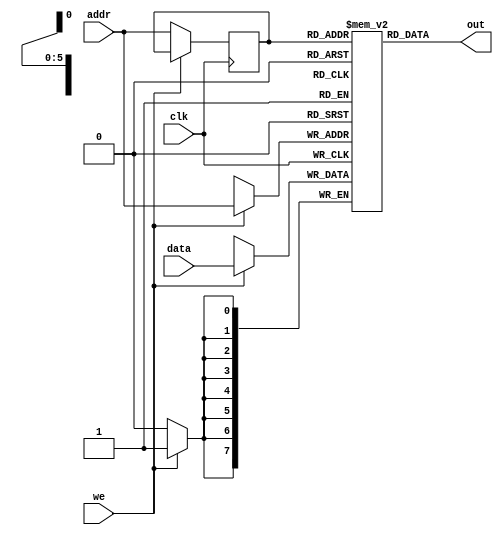
`timescale 1ns / 1ps

module SRAM
#(parameter addr_width = 6,
parameter data_width = 8,
parameter depth = 64)
    (
        input we,clk,
        input [data_width-1:0] data,
        input [addr_width-1:0] addr,
        output [data_width-1:0] out
    );
    
    reg [data_width-1:0] ram [depth-1:0];
    reg [addr_width-1:0] addr_reg;
    
    always @(posedge clk)
    begin
    if(we)
        ram[addr] <= data;
    else
        addr_reg <= addr;
    end
    assign out = ram [addr_reg];

endmodule